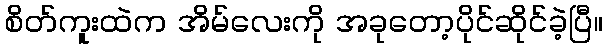
စိတ်ကူးထဲက အိမ်လေးကို အခုတော့ပိုင်ဆိုင်ခဲ့ပြီ။